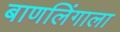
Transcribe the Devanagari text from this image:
बाणलिंगाला